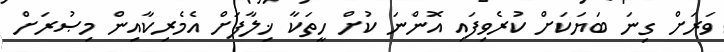
ވަރަށް ގިނަ ބަޔަކަށް ކުރެވިފައި އޮންނަ ކުށް ހީތަކާ ޚިލާފަށް އެމެރިކާއިން މިޞުރަށް